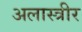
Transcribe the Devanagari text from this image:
अलास्त्रीर